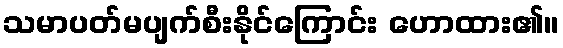
သမာပတ်မပျက်စီးနိုင်ကြောင်း ဟောထား၏။